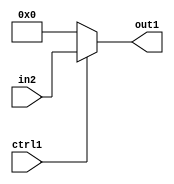
`timescale 1ps / 1ps
/*****************************************************************************
    Verilog RTL Description
    
    
    Created by: Stratus DpOpt 2019.1.01 
*******************************************************************************/

module DC_Filter_N_Mux_12_2_1_4 (
	in2,
	ctrl1,
	out1
	); /* architecture "behavioural" */ 
input [11:0] in2;
input  ctrl1;
output [11:0] out1;
wire [11:0] asc001;

reg [11:0] asc001_tmp_0;
assign asc001 = asc001_tmp_0;
always @ (ctrl1 or in2) begin
	case (ctrl1)
		1'B1 : asc001_tmp_0 = in2 ;
		default : asc001_tmp_0 = 12'B000000000000 ;
	endcase
end

assign out1 = asc001;
endmodule

/* CADENCE  uLX4Qws= : u9/ySgnWtBlWxVPRXgAZ4Og= ** DO NOT EDIT THIS LINE ******/